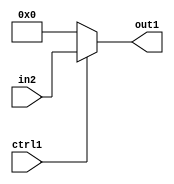
`timescale 1ps / 1ps
/*****************************************************************************
    Verilog RTL Description
    
    
    Created by: Stratus DpOpt 2019.1.01 
*******************************************************************************/

module DC_Filter_N_Mux_12_2_1_4 (
	in2,
	ctrl1,
	out1
	); /* architecture "behavioural" */ 
input [11:0] in2;
input  ctrl1;
output [11:0] out1;
wire [11:0] asc001;

reg [11:0] asc001_tmp_0;
assign asc001 = asc001_tmp_0;
always @ (ctrl1 or in2) begin
	case (ctrl1)
		1'B1 : asc001_tmp_0 = in2 ;
		default : asc001_tmp_0 = 12'B000000000000 ;
	endcase
end

assign out1 = asc001;
endmodule

/* CADENCE  uLX4Qws= : u9/ySgnWtBlWxVPRXgAZ4Og= ** DO NOT EDIT THIS LINE ******/